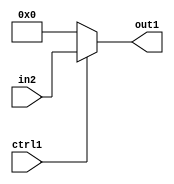
`timescale 1ps / 1ps
/*****************************************************************************
    Verilog RTL Description
    
    
    Created by: Stratus DpOpt 2019.1.01 
*******************************************************************************/

module DC_Filter_N_Mux_12_2_1_4 (
	in2,
	ctrl1,
	out1
	); /* architecture "behavioural" */ 
input [11:0] in2;
input  ctrl1;
output [11:0] out1;
wire [11:0] asc001;

reg [11:0] asc001_tmp_0;
assign asc001 = asc001_tmp_0;
always @ (ctrl1 or in2) begin
	case (ctrl1)
		1'B1 : asc001_tmp_0 = in2 ;
		default : asc001_tmp_0 = 12'B000000000000 ;
	endcase
end

assign out1 = asc001;
endmodule

/* CADENCE  uLX4Qws= : u9/ySgnWtBlWxVPRXgAZ4Og= ** DO NOT EDIT THIS LINE ******/